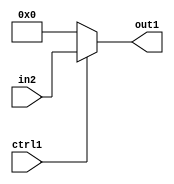
`timescale 1ps / 1ps
/*****************************************************************************
    Verilog RTL Description
    
    
    Created by: Stratus DpOpt 2019.1.01 
*******************************************************************************/

module DC_Filter_N_Mux_12_2_1_4 (
	in2,
	ctrl1,
	out1
	); /* architecture "behavioural" */ 
input [11:0] in2;
input  ctrl1;
output [11:0] out1;
wire [11:0] asc001;

reg [11:0] asc001_tmp_0;
assign asc001 = asc001_tmp_0;
always @ (ctrl1 or in2) begin
	case (ctrl1)
		1'B1 : asc001_tmp_0 = in2 ;
		default : asc001_tmp_0 = 12'B000000000000 ;
	endcase
end

assign out1 = asc001;
endmodule

/* CADENCE  uLX4Qws= : u9/ySgnWtBlWxVPRXgAZ4Og= ** DO NOT EDIT THIS LINE ******/